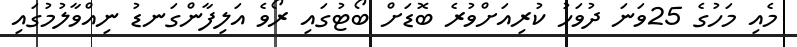
މެއި މަހުގެ 25ވަނަ ދުވަހު ކުރިއަށްވުރެ ބޮޑަށް ބޯޓުގައި ރޯވެ އަލިފާންގަނޑު ނިއްވާލުމުގައި